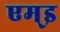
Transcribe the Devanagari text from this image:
एम्इ